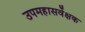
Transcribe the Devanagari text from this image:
उपमहासर्वेक्षक